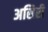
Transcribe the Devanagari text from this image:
असिरी